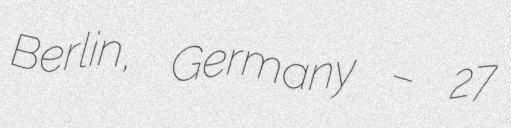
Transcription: Berlin, Germany – 27